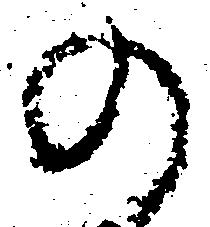
の